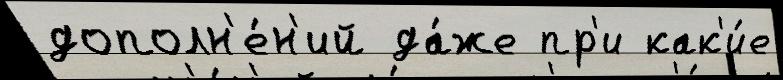
дополн'е́н'ий да́же пр'и как'и́е